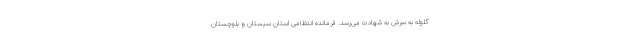
گلوله به سرش به شهادت می‌رسد. فرمانده انتظامی استان سیستان و بلوچستان